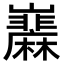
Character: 𡿌